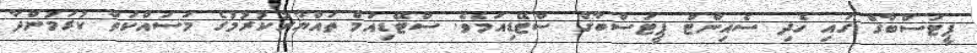
ޕީޓަސްބާގް ގައި ހެދި ސެއިންޓް ޕީޓަސްބާގް ސްޓޭޑިއަމެވެ. ސްޓޭޑިއަމް ތައްޔާރުކުރުމުގެ މަސައްކަތް ކުރަމުންދާ